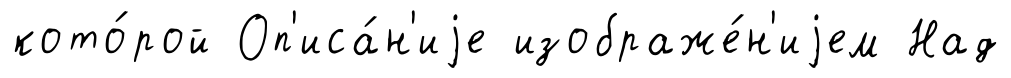
кото́рой Оп'иса́н'иjе изображе́н'иjем Над